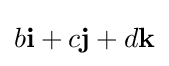
b\mathbf {i} +c\mathbf {j} +d\mathbf {k}